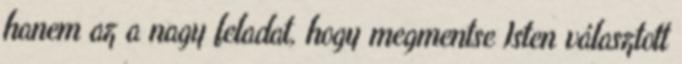
hanem az a nagy feladat, hogy megmentse Isten választott